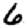
Digit: 6